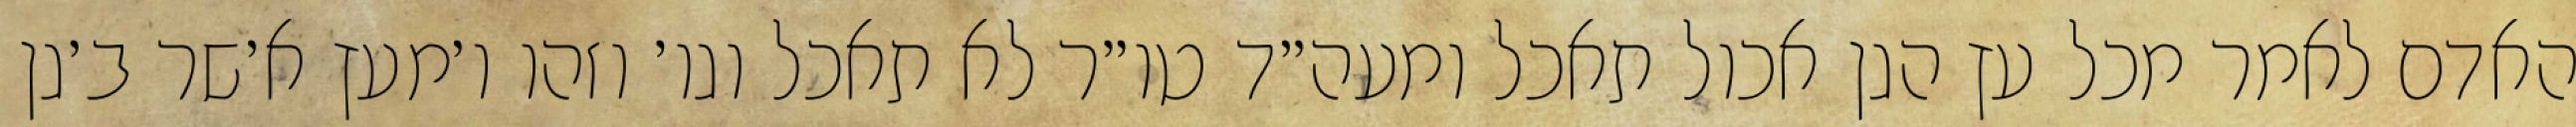
האדם לאמר מכל עץ הגן אכול תאכל ומעה״ד טו״ר לא תאכל וגו׳ וזהו ו׳מעץ א׳שר ב׳גן